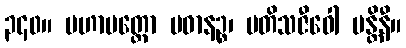
၃၄၀။ မဟာမတ္တော ပဓာနဉ္စ၊ မတိသဇီဝေါ မန္တိနီ။